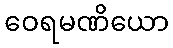
ဝေရမဏိယော